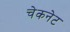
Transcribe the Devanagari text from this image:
चेकनेट